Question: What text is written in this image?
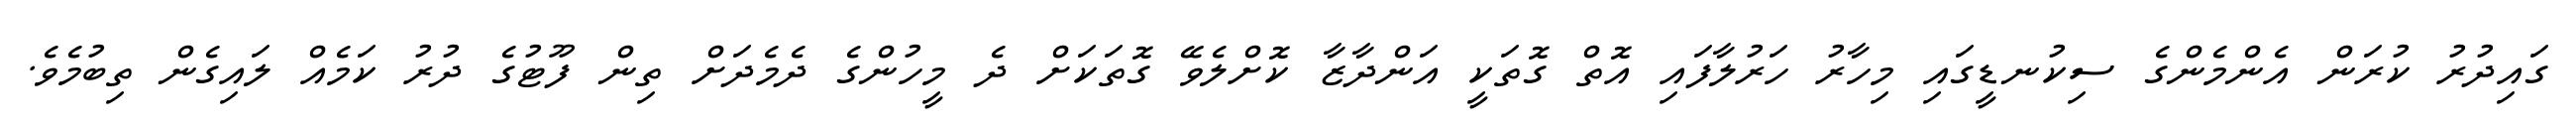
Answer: ގައިދުރު ކުރަން އެންމެންގެ ސިކުނޑީގައި މިހާރު ހަރުލާފައި އޮތް ގޮތަކީ އަންދާޒާ ކޮށްލެވޭ ގޮތަކަށް ދެ މީހުންގެ ދެމެދަށް ތިން ފޫޓުގެ ދުރު ކަމެއް ލައިގެން ތިބުމެވެ.